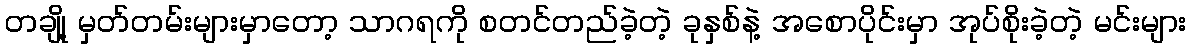
တချို့ မှတ်တမ်းများမှာတော့ သာဂရကို စတင်တည်ခဲ့တဲ့ ခုနှစ်နဲ့ အစောပိုင်းမှာ အုပ်စိုးခဲ့တဲ့ မင်းများ